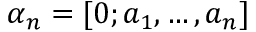
\alpha _ { n } = [ 0 ; a _ { 1 } , \ldots , a _ { n } ]